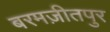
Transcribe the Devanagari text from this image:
बरमज़ीतपुर